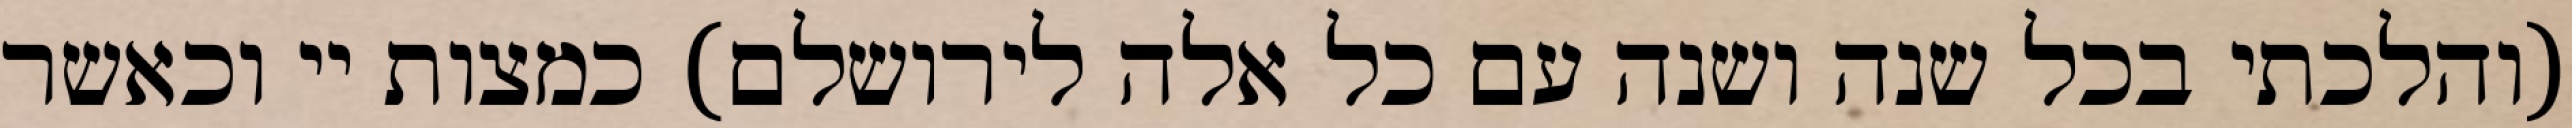
(והלכתי בכל שנה ושנה עם כל אלה לירושלם) כמצות יי וכאשר